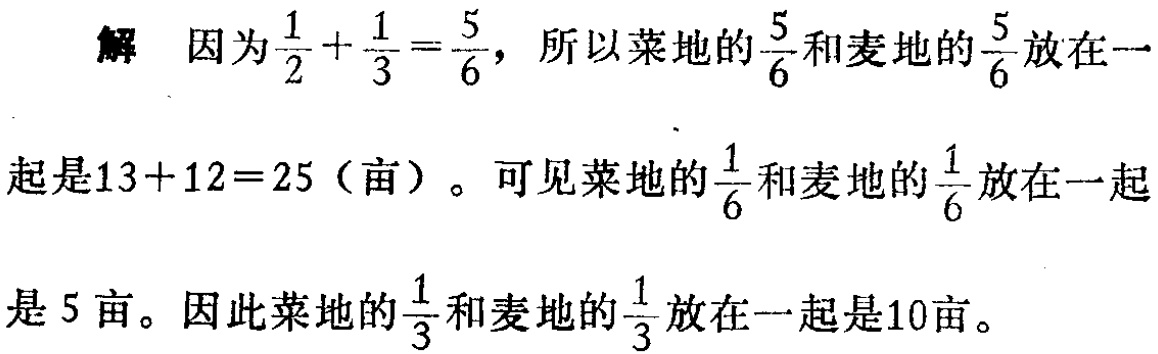
解 因为$\frac{1}{2}+\frac{1}{3}=\frac{5}{6}$，所以菜地的$\frac{5}{6}$和麦地的$\frac{5}{6}$放在一起是$13 + 12 = 25$（亩）。可见菜地的$\frac{1}{6}$和麦地的$\frac{1}{6}$放在一起是$5$亩。因此菜地的$\frac{1}{3}$和麦地的$\frac{1}{3}$放在一起是$10$亩。